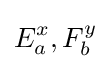
E_{a}^{x},F_{b}^{y}